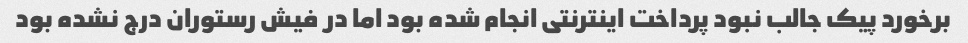
برخورد پیک جالب نبود پرداخت اینترنتی انجام شده بود اما در فیش رستوران درج نشده بود